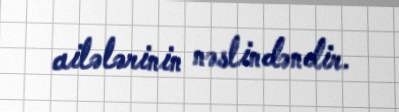
ailələrinin nəslindəndir.